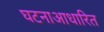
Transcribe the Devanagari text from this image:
घटनाआधारित